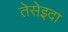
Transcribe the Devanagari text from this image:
तेसेइदा